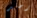
رصد